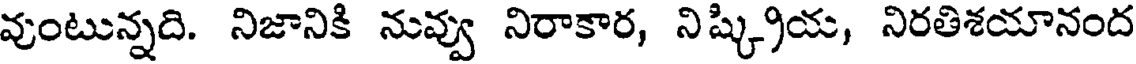
వుంటున్నది. నిజానికి నువ్వు నిరాకార, నిష్క్రియ, నిరతిశయానంద